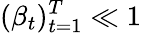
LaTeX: (\beta_{t})_{t=1}^{T}\ll 1